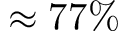
\approx 7 7 \%